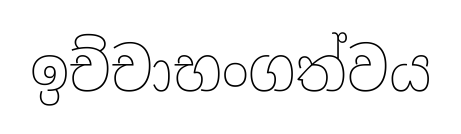
ඉච්චාභංගත්වය